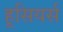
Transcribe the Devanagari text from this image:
हूसियर्स